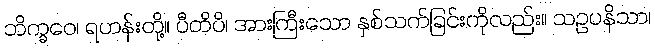
ဘိက္ခဝေ၊ ရဟန်းတို့။ ပီတိပိ၊ အားကြီးသော နှစ်သက်ခြင်းကိုလည်း။ သဥပနိသာ၊